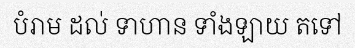
បំរាម ដល់ ទាហាន ទាំងឡាយ តទៅ